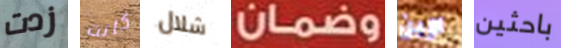
زدت كانت شلال وضمان لإبن باحثين